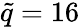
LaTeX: \tilde{q}=16